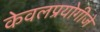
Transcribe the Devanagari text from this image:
केवलप्रयोगीजे